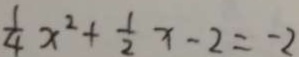
\frac { 1 } { 4 } x ^ { 2 } + \frac { 1 } { 2 } x - 2 = - 2